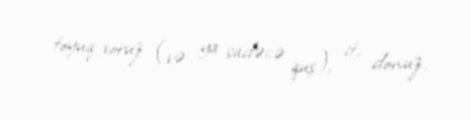
toyuq-xoruz (və ya sadəcə quş), it, donuz.